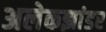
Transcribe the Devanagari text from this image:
अलेकझांडर